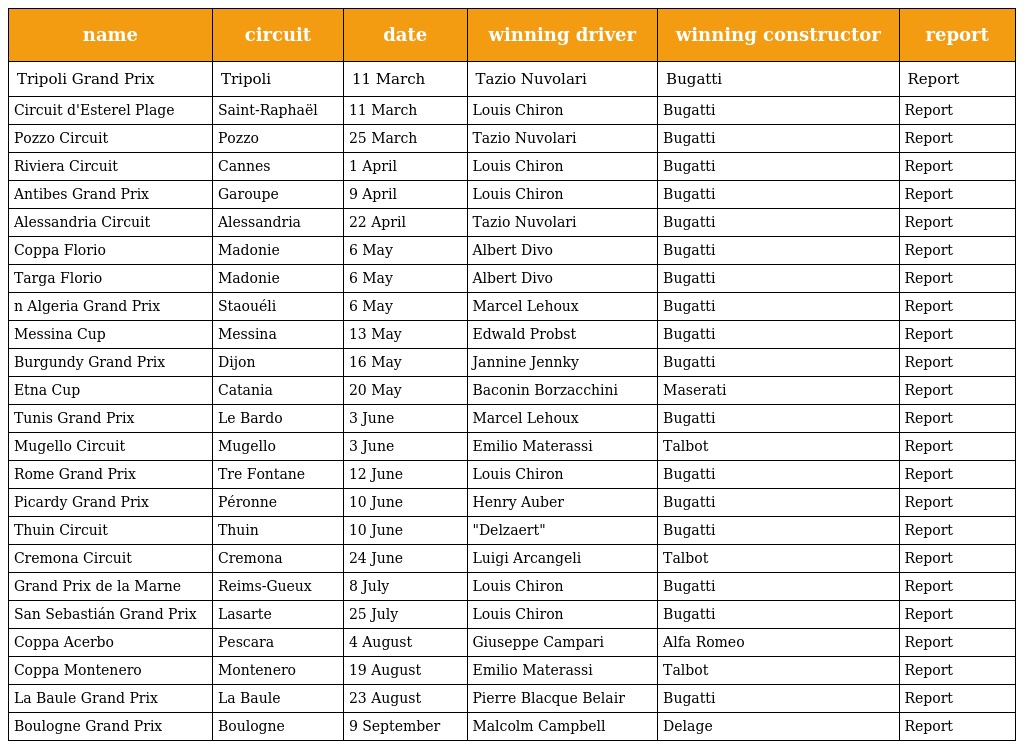
| name | circuit | date | winning driver | winning constructor | report |
 | --- | --- | --- | --- | --- | --- |
 | Tripoli Grand Prix | Tripoli | 11 March | Tazio Nuvolari | Bugatti | Report |
 | Circuit d'Esterel Plage | Saint-Raphaël | 11 March | Louis Chiron | Bugatti | Report |
 | Pozzo Circuit | Pozzo | 25 March | Tazio Nuvolari | Bugatti | Report |
 | Riviera Circuit | Cannes | 1 April | Louis Chiron | Bugatti | Report |
 | Antibes Grand Prix | Garoupe | 9 April | Louis Chiron | Bugatti | Report |
 | Alessandria Circuit | Alessandria | 22 April | Tazio Nuvolari | Bugatti | Report |
 | Coppa Florio | Madonie | 6 May | Albert Divo | Bugatti | Report |
 | Targa Florio | Madonie | 6 May | Albert Divo | Bugatti | Report |
 | n Algeria Grand Prix | Staouéli | 6 May | Marcel Lehoux | Bugatti | Report |
 | Messina Cup | Messina | 13 May | Edwald Probst | Bugatti | Report |
 | Burgundy Grand Prix | Dijon | 16 May | Jannine Jennky | Bugatti | Report |
 | Etna Cup | Catania | 20 May | Baconin Borzacchini | Maserati | Report |
 | Tunis Grand Prix | Le Bardo | 3 June | Marcel Lehoux | Bugatti | Report |
 | Mugello Circuit | Mugello | 3 June | Emilio Materassi | Talbot | Report |
 | Rome Grand Prix | Tre Fontane | 12 June | Louis Chiron | Bugatti | Report |
 | Picardy Grand Prix | Péronne | 10 June | Henry Auber | Bugatti | Report |
 | Thuin Circuit | Thuin | 10 June | "Delzaert" | Bugatti | Report |
 | Cremona Circuit | Cremona | 24 June | Luigi Arcangeli | Talbot | Report |
 | Grand Prix de la Marne | Reims-Gueux | 8 July | Louis Chiron | Bugatti | Report |
 | San Sebastián Grand Prix | Lasarte | 25 July | Louis Chiron | Bugatti | Report |
 | Coppa Acerbo | Pescara | 4 August | Giuseppe Campari | Alfa Romeo | Report |
 | Coppa Montenero | Montenero | 19 August | Emilio Materassi | Talbot | Report |
 | La Baule Grand Prix | La Baule | 23 August | Pierre Blacque Belair | Bugatti | Report |
 | Boulogne Grand Prix | Boulogne | 9 September | Malcolm Campbell | Delage | Report |